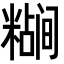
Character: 𬖷